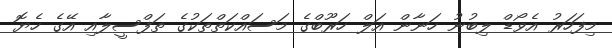
މިފަހަރު އެވޯޑް ލިބުނު ހަނާން އަލް ހަރޫބްގެ މަސައްކަތްތަކުގެ ތަފްސީލާއި އޭގެ ހެޔޮ